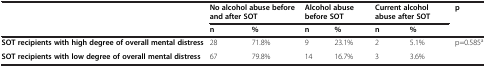
|  | <COLSPAN=2> No alcohol abuse before and after SOT | <COLSPAN=2> Alcohol abuse before SOT | <COLSPAN=2> Current alcohol abuse after SOT | p |
 |  | n | % | n | % | n | % |  |
 | --- | --- | --- | --- | --- | --- | --- | --- |
 | SOT recipients with high degree of overall mental distress | 28 | 71.8% | 9 | 23.1% | 2 | 5.1% | p=0.585a |
 | SOT recipients with low degree of overall mental distress | 67 | 79.8% | 14 | 16.7% | 3 | 3.6% |  |